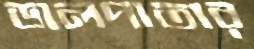
ডালপাতার